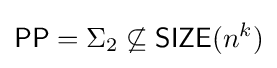
{\mathsf {PP}}=\Sigma _{2}\not \subseteq {\mathsf {SIZE}}(n^{k})